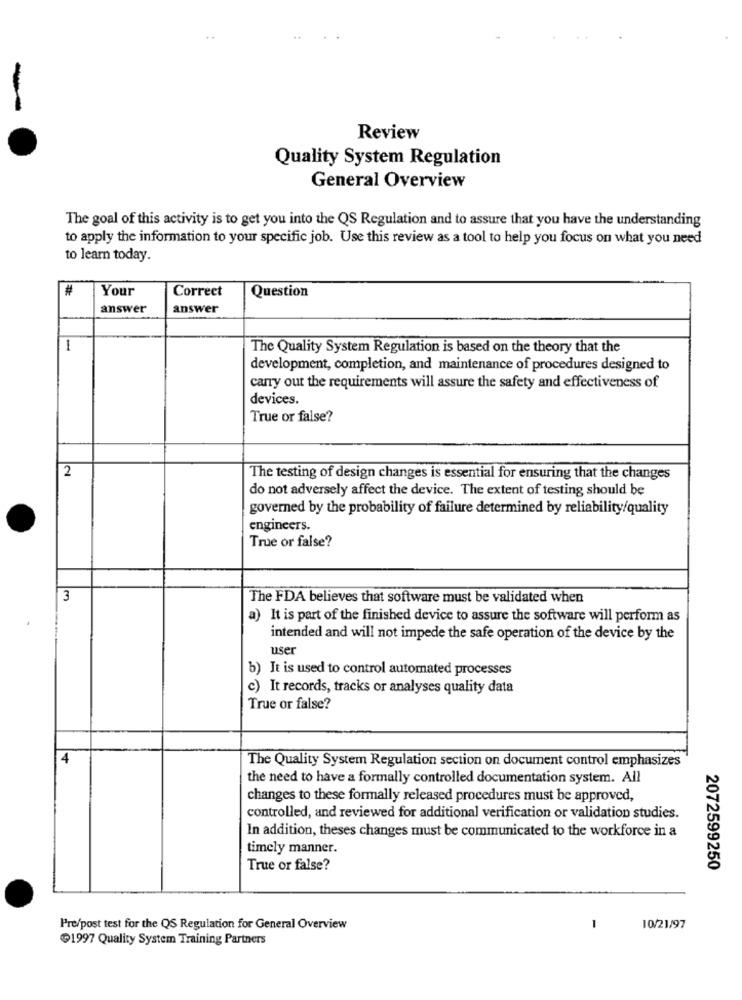
-
Review
Quality System Regulation
General Overview
The goal of this activity is to get you into the QS Regulation and to assure that you have the understanding
to apply the information to your specific job. Use this review as a tool to help you focus on what you need
to learn today.
#
Your
Correct
Question
answer
answer
1
The Quality System Regulation is based on the theory that the
development, completion, and maintenance of procedures designed to
carry out the requirements will assure the safety and effectiveness of
devices.
True or false?
2
The testing of design changes is essential for ensuring that the changes
do not adversely affect the device. The extent of testing should be
governed by the probability of failure determined by reliability/quality
engineers.
True or false?
3
The FDA believes that software must be validated when
a) It is part of the finished device to assure the software will perform as
intended and will not impede the safe operation of the device by the
user
b) It is used to control automated processes
c) It records, tracks or analyses quality data
True or false?
4
The Quality System Regulation section on document control emphasizes
the need to have a formally controlled documentation system. All
changes to these formally released procedures must be approved,
controlled, and reviewed for additional verification or validation studies.
In addition, theses changes must be communicated to the workforce in a
timely manner.
True or false?
2072599250
Pre/post test for the QS Regulation for General Overview
1
10/21/97
1997 Quality System Training Partners